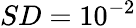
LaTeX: SD=10^{-2}